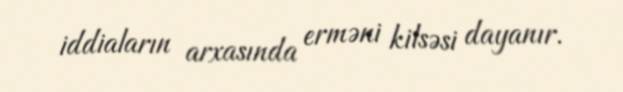
iddiaların arxasında erməni kilsəsi dayanır.